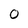
Character: O